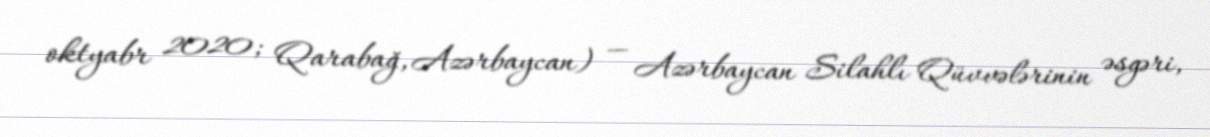
oktyabr 2020; Qarabağ, Azərbaycan) — Azərbaycan Silahlı Qüvvələrinin əsgəri,